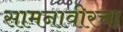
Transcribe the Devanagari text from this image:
सामनावीरचा